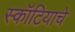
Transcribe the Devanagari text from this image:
स्कॉटियाचे